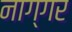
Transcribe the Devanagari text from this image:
नाग्गर